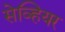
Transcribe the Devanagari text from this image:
सेव्हियर